Source: Handwritten
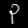
Digit: ၃ (3)